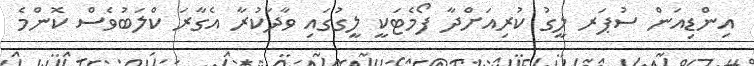
އިންޑިއަން ސުޕަރ ލީގު ކުރިއަށްދާ ފޯމެޓަކީ ލީގުގައި ވާދަކުރާ އެގާރަ ކްލަބުވެސް ކޮންމެ